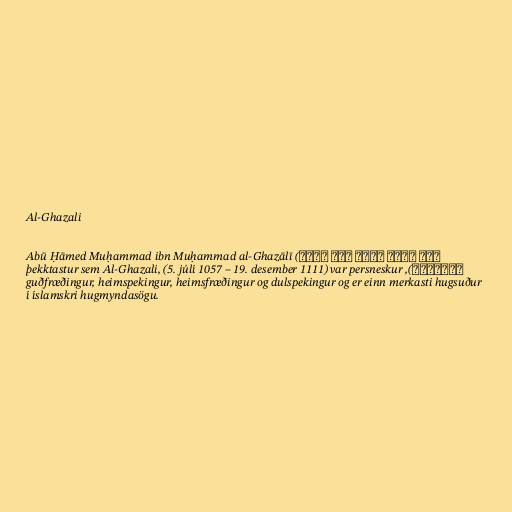
Al-Ghazali

Abū Ḥāmed Muḥammad ibn Muḥammad al-Ghazālī (ابو حامد محمد ابن محمد
الغزالی), þekktastur sem Al-Ghazali, (5. júlí 1057 – 19. desember 1111) var persneskur
guðfræðingur, heimspekingur, heimsfræðingur og dulspekingur og er einn merkasti hugsuður
í íslamskri hugmyndasögu.